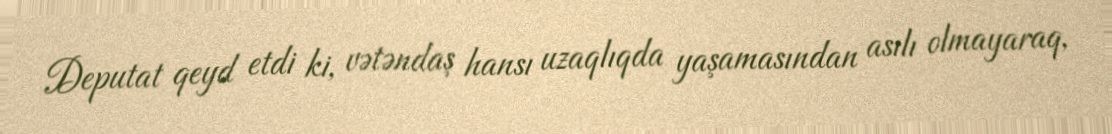
Deputat qeyd etdi ki, vətəndaş hansı uzaqlıqda yaşamasından asılı olmayaraq,